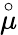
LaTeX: \overset{\circ}\mu